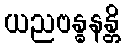
ယညဗန္ဓနန္တိ